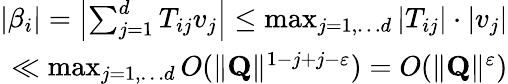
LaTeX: \begin{array}{r}{\vert\beta_{i}\vert=\left|\sum_{j=1}^{d}T_{ij}v_{j}\right|\leq\operatorname*{max}_{j=1,\dots d}\vert T_{ij}\vert\cdot\vert v_{j}\vert}\\ {\ll\operatorname*{max}_{j=1,\dots d}O(\Vert\mathbf{Q}\Vert^{1-j+j-\varepsilon})=O(\Vert\mathbf{Q}\Vert^{\varepsilon})}\end{array}